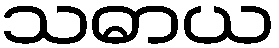
သဓာယ